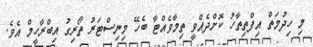
މި ހިދުމަތް އިފްތިތާހު ކޮށްދެއްވީ ތިމާވެއްޓާ ބެހޭ މިނިސްޓަރު ތޯރިގު އިބްރާހީމް އެވެ.